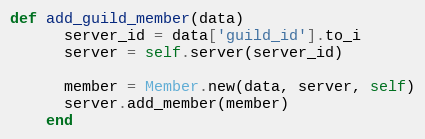
Language: Ruby
def add_guild_member(data)
      server_id = data['guild_id'].to_i
      server = self.server(server_id)

      member = Member.new(data, server, self)
      server.add_member(member)
    end